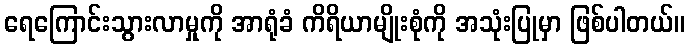
ရေကြောင်းသွားလာမှုကို အာရုံခံ ကိရိယာမျိုးစုံကို အသုံးပြုမှာ ဖြစ်ပါတယ်။